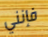
فإنني